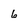
Character: 6